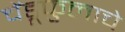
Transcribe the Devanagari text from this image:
चेंडूफुलाचे